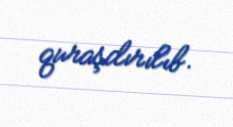
quraşdırılıb.